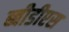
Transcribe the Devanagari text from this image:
ब्बीडीएस